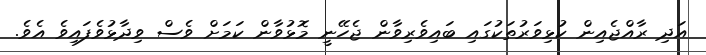
އަދި ރާއްޖެއިން ކުޅިވަރުތަކުގައި ބައިވެރިވާން ޖެހޭނީ މޮޅުވާން ކަމަށް ވެސް ވިދާޅުވެފައިވެ އެވެ.